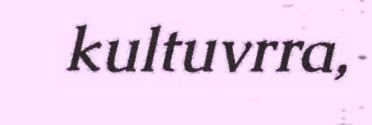
kultuvrra,